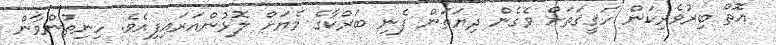
އޮތް ބިރުވެރިކަން ހަޤީޤަތަށް ވެގެން ދިޔަތަން ފެނި ބަރްކާގެ މެޔަށް ލޮޅުންއަރައިފިއެވެ. ހިނިތުންވާން